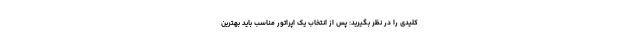
کلیدی را در نظر بگیرید: پس از انتخاب یک اپراتور مناسب باید بهترین